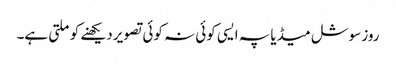
روز سوشل میڈیا پہ ایسی کوئی نہ کوئی تصویر دیکھنے کو ملتی ہے۔